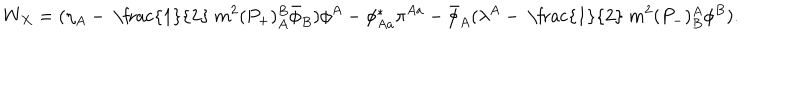
LaTeX: W _ { X } = ( \eta _ { A } - \mathrm { ~ \frac { 1 } { 2 } ~ } m ^ { 2 } ( P _ { + } ) _ { A } ^ { B } \bar { \phi } _ { B } ) \phi ^ { A } - \phi _ { A a } ^ { * } \pi ^ { A a } - \bar { \phi } _ { A } ( \lambda ^ { A } - \mathrm { ~ \frac { 1 } { 2 } ~ } m ^ { 2 } ( P _ { - } ) _ { B } ^ { A } \phi ^ { B } ) .